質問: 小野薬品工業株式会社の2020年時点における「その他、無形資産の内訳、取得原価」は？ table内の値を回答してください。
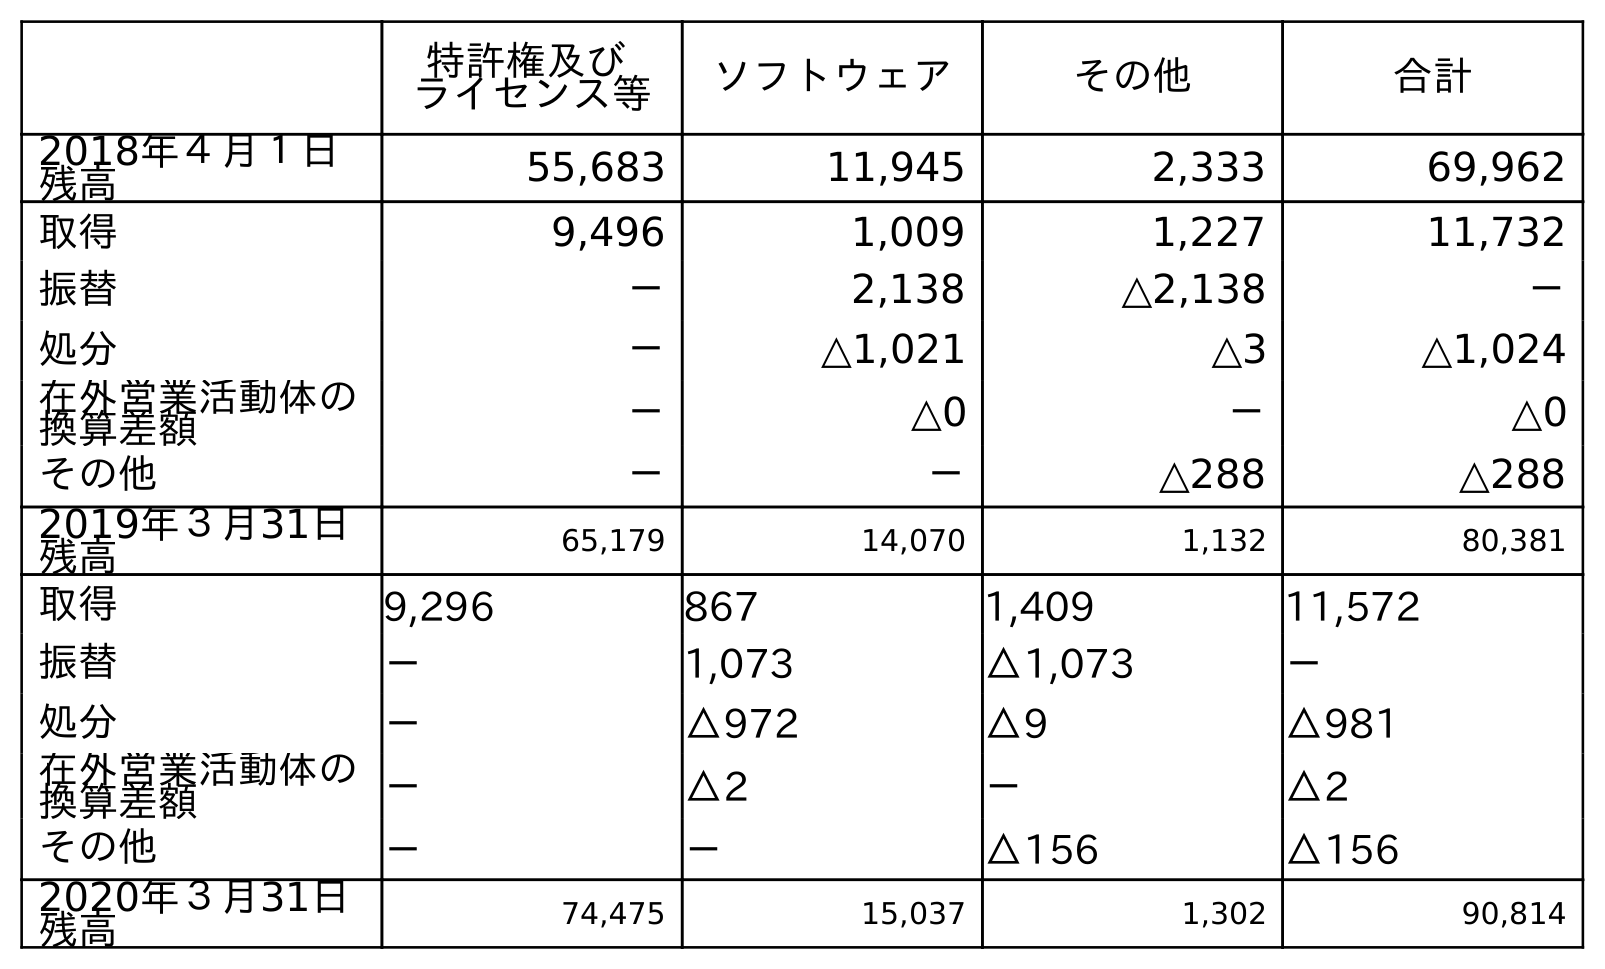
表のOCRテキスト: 特許権及び ライセンス等 ソフトウェア その他 合計 2018年４月１日 残高 55,683 11,945 2,333 69,962 取得 9,496 1,009 1,227 11,732 振替 － 2,138 △2,138 － 処分 － △1,021 △3 △1,024 在外営業活動体の 換算差額 － △0 － △0 その他 － － △288 △288 2019年３月31日 残高 65,179 14,070 1,132 80,381 取得 9,296 867 1,409 11,572 振替 － 1,073 △1,073 － 処分 － △972 △9 △981 在外営業活動体の 換算差額 － △2 － △2 その他 － － △156 △156 2020年３月31日 残高 74,475 15,037 1,302 90,814
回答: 1,302